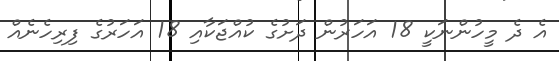
އެ ދެ މީހުންނަކީ 18 އަހަރުން ދަށުގެ ކުއްޖަކާއި 18 އަހަރުގެ ފިރިހެނެއް